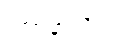
ဂဏနာသိပ္ပံ